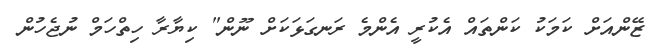
ޒޭންއަށް ކަމަކު ކަންތައް އެކުރީ އެންމެ ރަނގަޅަކަށް ނޫން" ކިޔާރާ ހިތްހަމް ނުޖެހުން